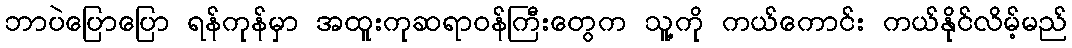
ဘာပဲပြောပြော ရန်ကုန်မှာ အထူးကုဆရာဝန်ကြီးတွေက သူ့ကို ကယ်ကောင်း ကယ်နိုင်လိမ့်မည်